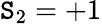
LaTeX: \mathtt{S}_{2}=+1